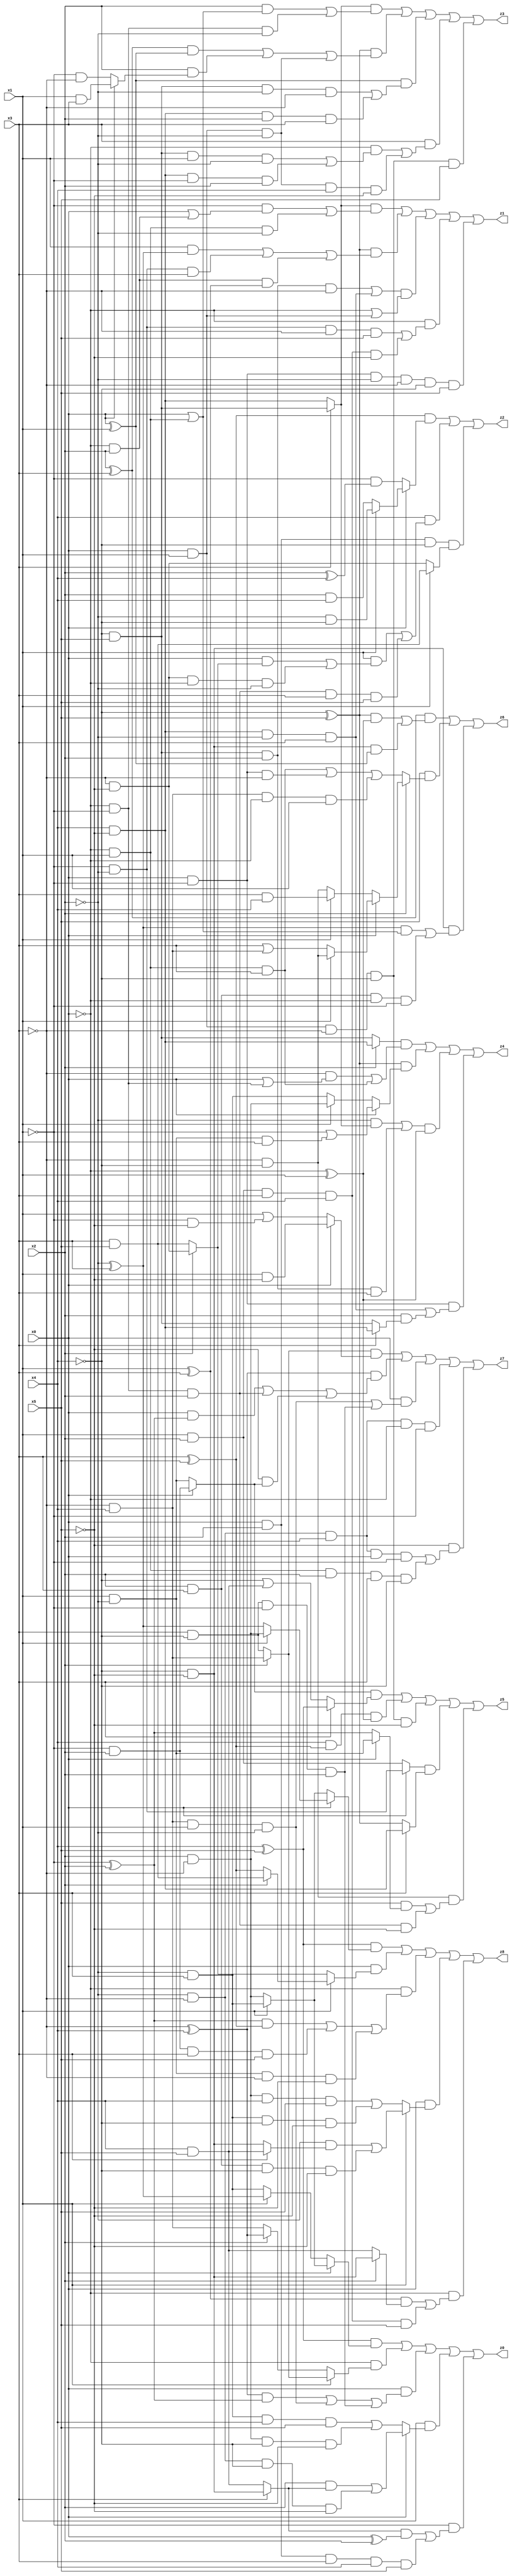
// Benchmark "X_21" written by ABC on Tue Jun 06 22:23:03 2023

module X_21 ( 
    x0, x1, x2, x3, x4, x5,
    z0, z1, z2, z3, z4, z5, z6, z7, z8  );
  input  x0, x1, x2, x3, x4, x5;
  output z0, z1, z2, z3, z4, z5, z6, z7, z8;
  assign z0 = ((x4 ^ x5) & (x0 ? (x1 ? (~x2 & x3) : (x2 & ~x3)) : (x1 ? (~x2 ^ x3) : (~x2 & x3)))) | (~x0 & (x1 ? (x2 ? (~x3 & x4) : (x3 & ~x4)) : (x2 ? (~x3 ^ x4) : (~x3 & x4)))) | (x0 & (((~x3 ^ x4) & (~x1 ^ x2)) | (~x3 & x4 & x1 & ~x2) | (x3 & ~x4 & ~x1 & x2))) | (x1 & (x0 ? ((x2 & (x3 ? (~x4 & ~x5) : (x4 & x5))) | (~x2 & ~x3 & ~x4 & ~x5)) : ((~x2 & x3 & x4 & x5) | (x2 & ~x3 & ~x4 & ~x5)))) | (~x1 & (((x3 ? (~x4 & ~x5) : (x4 & x5)) & (x0 ^ x2)) | (x0 & x2 & x3 & x4 & x5)));
  assign z1 = ((x3 ? (~x4 & x5) : (x4 & ~x5)) & ((~x1 & (x0 | (~x0 & x2))) | (~x0 & x1 & ~x2))) | ((~x4 ^ x5) & ((x1 & (~x2 ^ x3)) | (~x1 & ~x2 & x3) | (~x0 & x2 & (x1 ^ x3)))) | (((~x4 & x5 & x2 & ~x3) | (x4 & ~x5 & ~x2 & x3)) & (~x0 | (x0 & x1))) | (~x0 & ((~x1 & ~x2 & ~x3 & x5) | (x1 & x2 & x3 & x4 & ~x5))) | (x0 & ~x1 & ~x2 & ~x3 & ~x4 & x5);
  assign z2 = ((x3 ^ x5) & (x0 ? (x1 ? (~x2 & ~x4) : (x2 & x4)) : (~x1 & (x2 ^ x4)))) | (x4 & ((x1 & ((x0 & (x2 ? (~x3 & ~x5) : (x3 & x5))) | (~x3 & ~x5 & ~x0 & ~x2))) | (~x0 & ~x1 & x2 & x3 & x5))) | (x0 & x2 & ~x4 & (x1 ? (x3 & x5) : (~x3 & ~x5)));
  assign z3 = ((x3 ? (~x4 & x5) : (x4 & ~x5)) & ((x2 & (x0 | (~x0 & x1))) | (~x0 & ~x1 & ~x2))) | ((~x4 ^ x5) & (((x2 ^ x3) & (x0 ^ x1)) | (x2 & (x0 ? (x1 & x3) : (~x1 & ~x3))) | (x0 & x1 & ~x2))) | ((x0 ^ x1) & ((~x4 & x5 & ~x2 & ~x3) | (x4 & ~x5 & x2 & x3))) | (x3 & ((~x0 & ((~x4 & x5 & x1 & ~x2) | (x4 & ~x5 & ~x1 & x2))) | (x0 & x1 & ~x2 & x4 & ~x5))) | (x0 & x1 & ~x3 & ~x4 & x5);
  assign z4 = ((x2 ? (x4 & ~x5) : (~x4 & x5)) & ((~x3 & (x0 | (~x0 & ~x1))) | (~x0 & x1 & x3))) | ((~x4 ^ x5) & (x0 ? (~x1 | (x1 & ~x2 & x3)) : (x1 ? (x2 & ~x3) : (~x2 & x3)))) | (((~x2 & (x3 ? (~x4 & x5) : (x4 & ~x5))) | (~x4 & x5 & x2 & x3)) & (~x0 ^ x1)) | (x0 & ~x1 & ((x4 & ~x5 & ~x2 & x3) | (x2 & (x3 ? (x4 & ~x5) : (~x4 & x5)))));
  assign z5 = ((x0 ? (~x1 & x2) : (x1 & ~x2)) & (x3 ? (x4 ^ x5) : (~x4 | (x4 & x5)))) | (x4 & (x3 ^ x5) & (~x0 ^ x1)) | (x0 & x1 & ~x3 & ~x4 & ~x5) | ((x0 ? (~x1 & ~x2) : (x1 & x2)) & (x3 ? (x4 & ~x5) : (~x4 ^ x5))) | (~x3 & ~x4 & ((x5 & (x0 ? (x1 & ~x2) : (~x1 ^ x2))) | (~x0 & ~x1 & x2 & ~x5)));
  assign z6 = ((x2 ^ x3) & (((~x4 ^ x5) & (~x0 ^ x1)) | (~x4 & ~x5 & (x0 ^ x1)))) | (x5 & (x2 ? (x0 ? (x1 ? (~x3 & ~x4) : (x3 | (~x3 & x4))) : (x1 ? (x3 & x4) : (~x3 & ~x4))) : ((~x0 & x1 & x3) | (x0 & ~x1 & ~x3) | (~x3 & x4 & ~x0 & x1)))) | (~x4 & ~x5 & (((~x2 ^ x3) & (x0 | (~x0 & x1))) | (x2 & x3 & ~x0 & ~x1)));
  assign z7 = ((x2 ? (~x3 & x4) : (x3 & ~x4)) & (x0 ? (x1 & ~x5) : (x1 | (~x1 & ~x5)))) | ((~x3 ^ x4) & ((x0 & (~x1 ^ x2)) | (~x0 & ~x1 & x2) | (~x5 & (x0 ? (~x1 & x2) : (x1 & ~x2))))) | (x0 & ((~x3 & x4 & x1 & ~x2) | (x3 & ~x4 & ~x1 & x2))) | (~x2 & ~x3 & x4 & ~x0 & ~x1) | (~x5 & ((~x2 & ~x3 & x4 & x0 & ~x1) | (~x0 & x1 & x2 & x3 & ~x4)));
  assign z8 = ((x4 ^ x5) & (x0 ? (x1 ? (x2 & ~x3) : (~x2 ^ x3)) : (x1 ? (~x2 & x3) : (x2 & ~x3)))) | (x0 & (x1 ? (x2 ? (x3 & x5) : (x3 ^ x5)) : (x2 ? (~x3 & ~x5) : (x3 & x5)))) | (~x0 & (((~x1 ^ x2) & (x3 ^ x5)) | (~x1 & x2 & x3 & x5) | (x1 & ~x2 & ~x3 & ~x5))) | (x0 & (x1 ? ((~x2 & (x3 ? (x4 & x5) : (~x4 & ~x5))) | (x2 & x3 & ~x4 & ~x5)) : ((x2 & ~x3 & x4 & x5) | (~x2 & x3 & ~x4 & ~x5)))) | (~x0 & (((x1 ^ x3) & (x2 ? (~x4 & ~x5) : (x4 & x5))) | (x1 & x2 & x3 & x4 & x5)));
endmodule